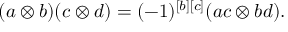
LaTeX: ( a \otimes b ) ( c \otimes d ) = ( - 1 ) ^ { [ b ] [ c ] } ( a c \otimes b d ) .